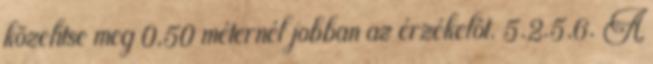
közelítse meg 0,50 méternél jobban az érzékelõt. 5.2.5.6. A